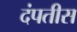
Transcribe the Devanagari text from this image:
दंपतीस